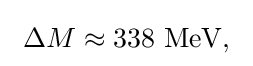
~\Delta M\approx 338{\text{ MeV,}}~